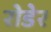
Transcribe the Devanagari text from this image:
रोडेर